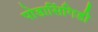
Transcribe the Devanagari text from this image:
पोडासिंगिडी